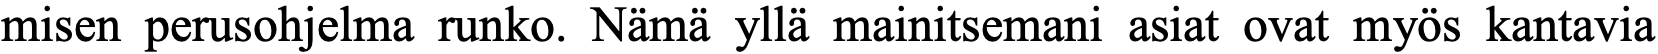
misen perusohjelma runko. Nämä yllä mainitsemani asiat ovat myös kantavia